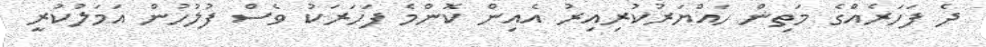
ދެ ފަހަރެއްގެ މަތިން ހައްޔަރުކުރިއިރު އެއިން ކޮންމެ ފަހަރަކު ވެސް ފުލުހުން އަމަލުކުރީ